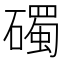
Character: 𥖠